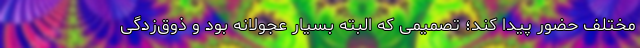
مختلف حضور پیدا کند؛ تصمیمی که البته بسیار عجولانه بود و ذوق‌زدگی